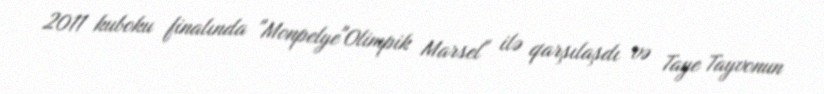
2011 kuboku finalında "Monpelye"Olimpik Marsel" ilə qarşılaşdı və Taye Tayvonun